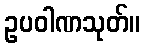
ဥပဝါဏသုတ်။